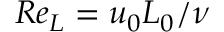
R e _ { L } = u _ { 0 } L _ { 0 } / \nu